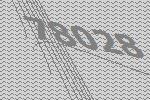
78028